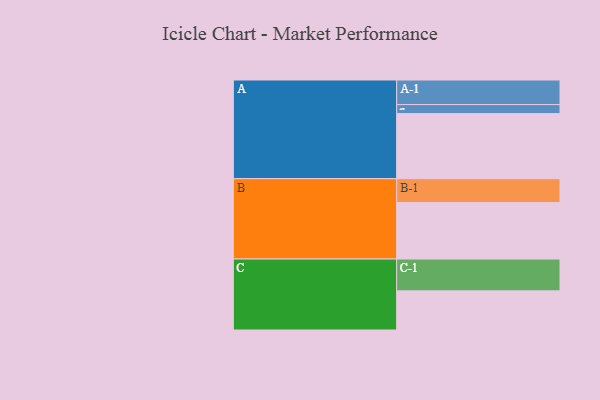
{"axis": {"x": "Segment", "y": "Value"}, "legend": ["", "A", "B", "C"], "data": [{"x": "A", "y": 564, "type": ""}, {"x": "B", "y": 489, "type": ""}, {"x": "C", "y": 339, "type": ""}, {"x": "A-1", "y": 213, "type": "A"}, {"x": "A-2", "y": 78, "type": "A"}, {"x": "B-1", "y": 207, "type": "B"}, {"x": "C-1", "y": 276, "type": "C"}]}